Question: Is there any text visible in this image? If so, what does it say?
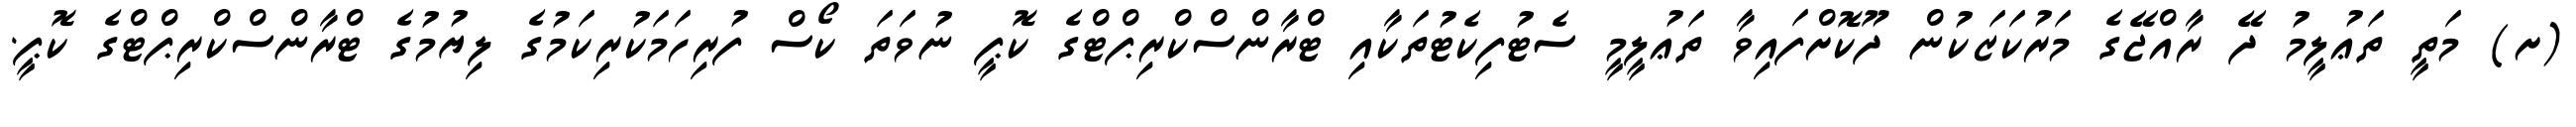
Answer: (ށ) މަތީ ތަޢުލީމު ދޭ ރާއްޖޭގެ މަރުކަޒަކުން ދޫކޮށްފައިވާ ތަޢުލީމީ ސެޓުފިކެޓުތަކާއި ޓްރާންސްކްރިޕްޓްގެ ކޮޕީ ނުވަތަ ކޯސް ފުރިހަމަކުރިކަމުގެ ލިޔުމުގެ ޓްރާންސްކްރިޕްޓްގެ ކޮޕީ.